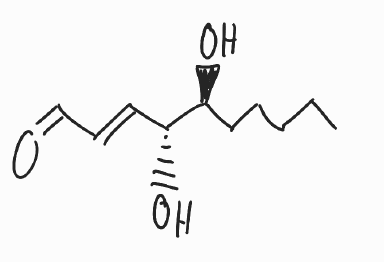
Simplified molecular-input line-entry system (SMILES) notation of the given molecule:
CCCCC[C@@H]([C@@H](/C=C/C=O)O)O